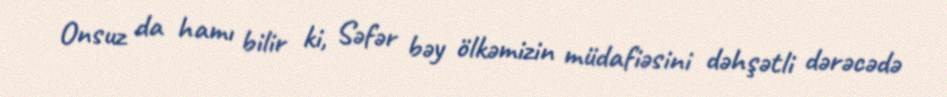
Onsuz da hamı bilir ki, Səfər bəy ölkəmizin müdafiəsini dəhşətli dərəcədə